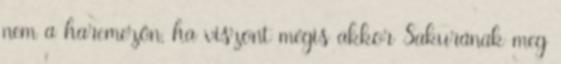
nem a harcmezőn, ha viszont mégis akkor Sakurának meg